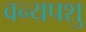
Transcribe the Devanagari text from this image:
वन्यपशु